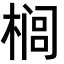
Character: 榈